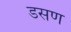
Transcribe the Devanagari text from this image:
डसण